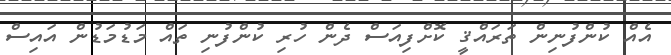
އެއް ކުންފުނިން ތަރައްޤީ ކޮށްފިއަސް ދެން ހުރި ކުންފުނި ތައް މަޑުމަޑުން އައިސް